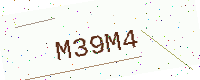
Text: M39M4